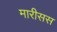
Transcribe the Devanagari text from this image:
मारीसस